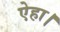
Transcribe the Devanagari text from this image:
ऐहा।